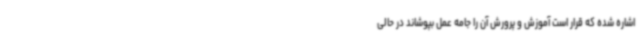
اشاره شده که قرار است آموزش و پرورش آن را جامه عمل بپوشاند در حالی